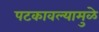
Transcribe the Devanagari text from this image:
पटकावल्यामुळे